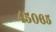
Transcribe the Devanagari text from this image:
४५०६५